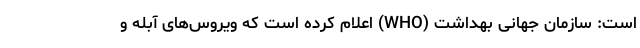
است: سازمان جهانی بهداشت (WHO) اعلام کرده است که ویروس‌های آبله و